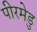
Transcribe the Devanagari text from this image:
पीरमेडु